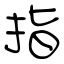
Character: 指